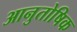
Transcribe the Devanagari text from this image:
आनुतोषिक